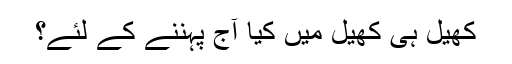
کھیل ہی کھیل میں کیا آج پہننے کے لئے؟